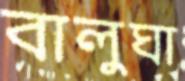
বালুঘা